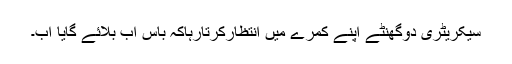
سیکریٹری دوگھنٹے اپنے کمرے میں انتظارکرتارہاکہ باس اب بلائے گایا اب۔